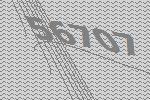
56707